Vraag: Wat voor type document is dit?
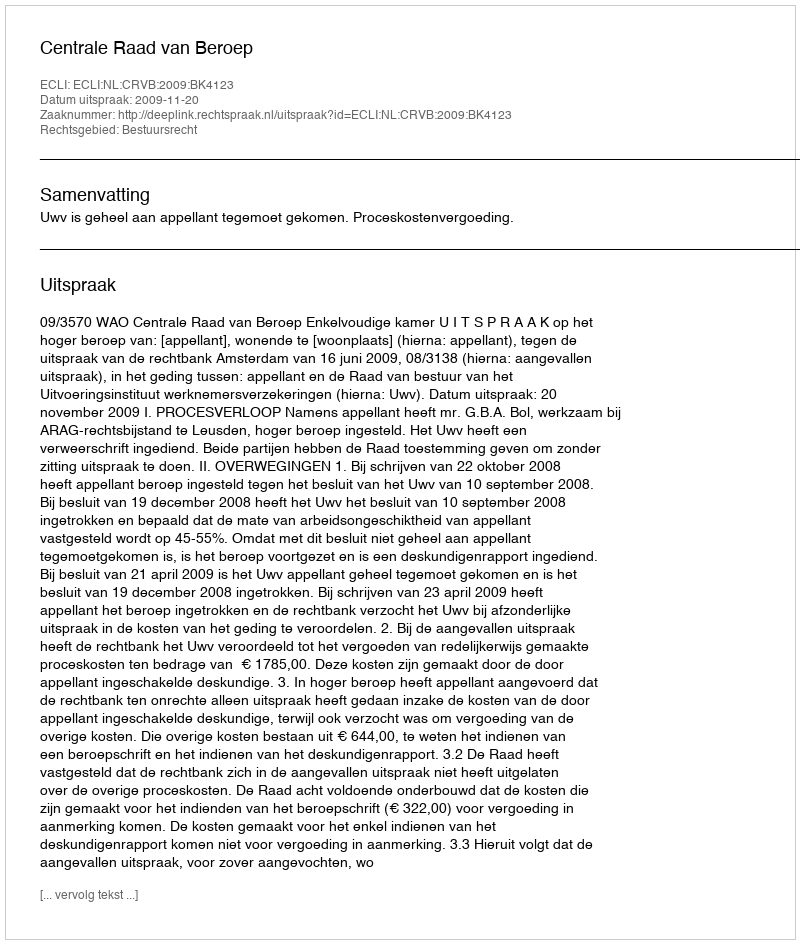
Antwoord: Uitspraak